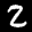
Label: 2